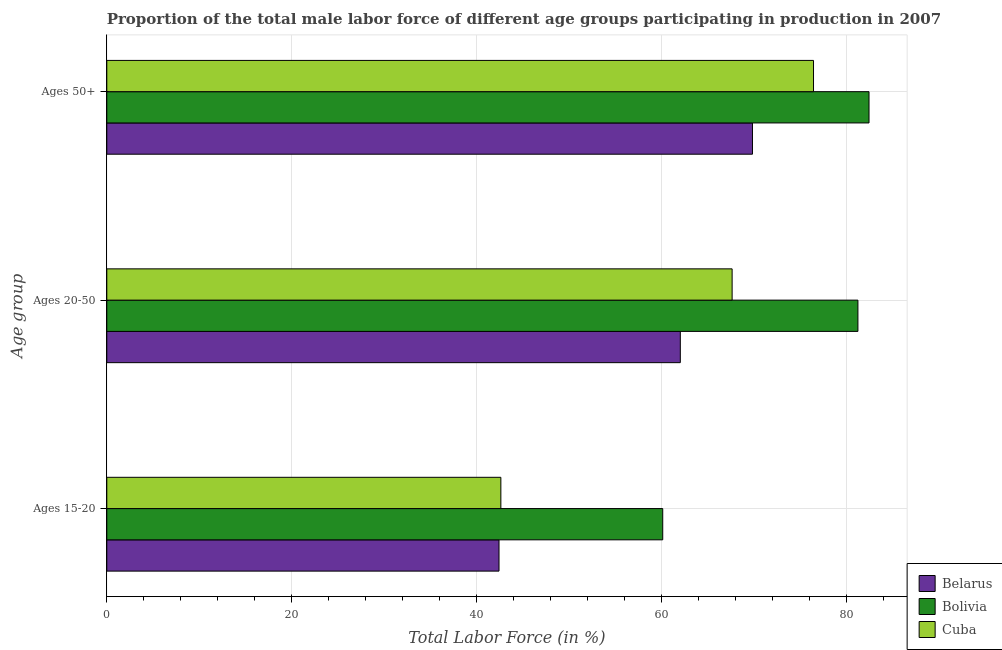
| Age group | Belarus | Bolivia | Cuba |
 | --- | --- | --- | --- |
 | Ages 15-20 | 42.4 | 60.1 | 42.6 |
 | Ages 20-50 | 62 | 81.2 | 67.6 |
 | Ages 50+ | 69.8 | 82.4 | 76.4 |